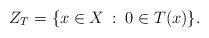
LaTeX: \begin{align*}Z_T=\{x\in X\::\: 0\in T(x)\}.\end{align*}